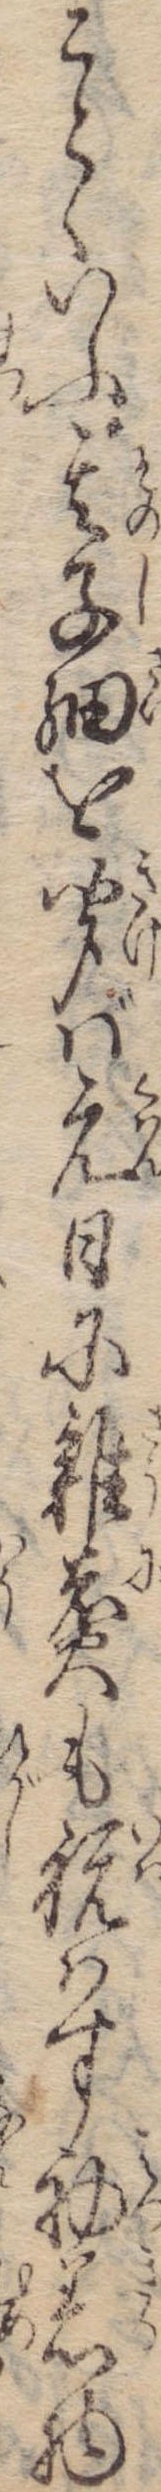
ことゝいふ其子細を聞ば元日に雑煮も祝はす初着物